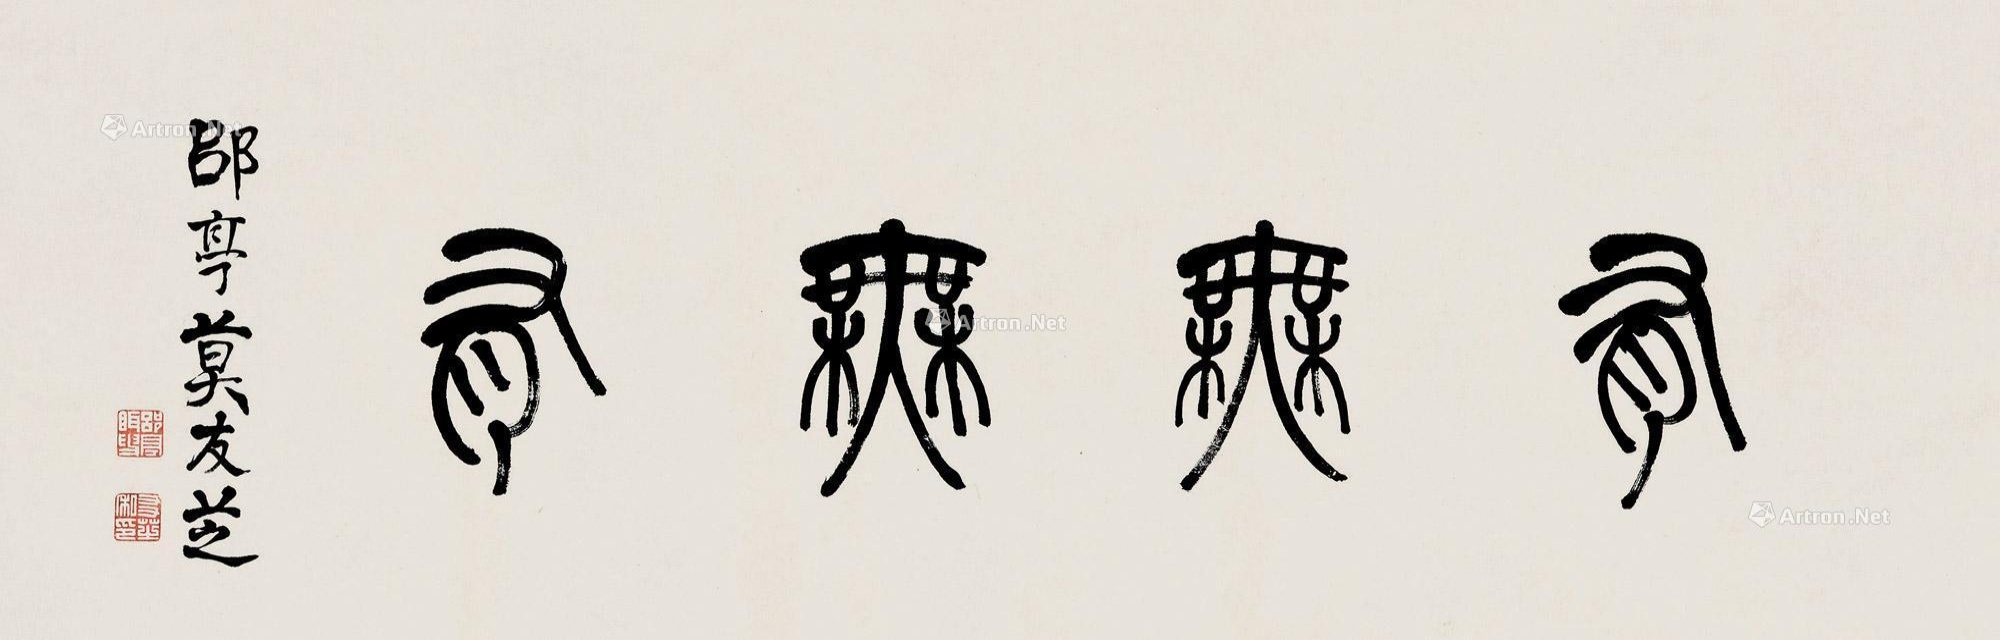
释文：有无无有。郘亭莫友芝。